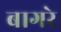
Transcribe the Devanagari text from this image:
बागरे